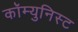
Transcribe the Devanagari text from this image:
कॉम्युनिस्ट